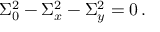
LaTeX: \Sigma _ { 0 } ^ { 2 } - \Sigma _ { x } ^ { 2 } - \Sigma _ { y } ^ { 2 } = 0 \, .